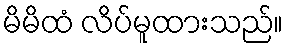
မိမိထံ လိပ်မူထားသည်။